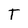
Character: T